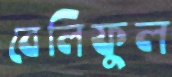
বেলিফুল